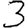
Digit: 3